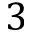
3